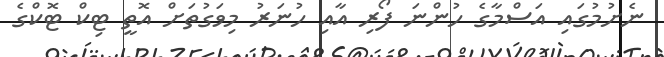
ނެށުމުގައި އަސްމާގެ ހުންނަ ފޯރި އާއި ހުނަރު މިވަގުތަށް އޮތީ ޓިކް ޓޮކްގެ